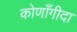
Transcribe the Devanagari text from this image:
कोणाँगीदा